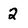
Character: 2